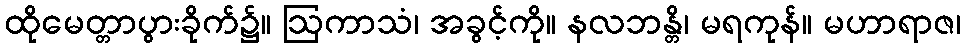
ထိုမေတ္တာပွားခိုက်၌။ ဩကာသံ၊ အခွင့်ကို။ နလဘန္တိ၊ မရကုန်။ မဟာရာဇ၊